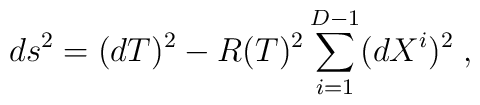
ds^2 = (dT)^2 - R(T)^2 \sum_{i=1}^{D-1}(dX^i)^2 \; ,